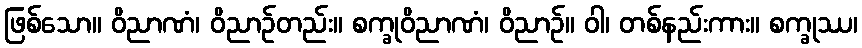
ဖြစ်သော။ ဝိညာဏံ၊ ဝိညာဉ်တည်း။ စက္ခုဝိညာဏံ၊ ဝိညာဉ်။ ဝါ၊ တစ်နည်းကား။ စက္ခုဿ၊